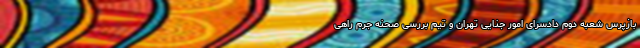
بازپرس شعبه دوم دادسرای امور جنایی تهران و تیم بررسی صحنه جرم راهی